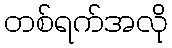
တစ်ရက်အလို